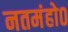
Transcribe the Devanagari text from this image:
नतमंहो०